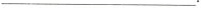
___.